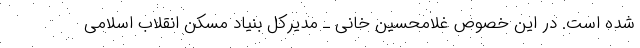
شده است. در این خصوص غلامحسین خانی ـ مدیرکل بنیاد مسکن انقلاب اسلامی